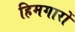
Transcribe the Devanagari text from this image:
हिमगारों